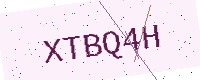
Text: XTBQ4H